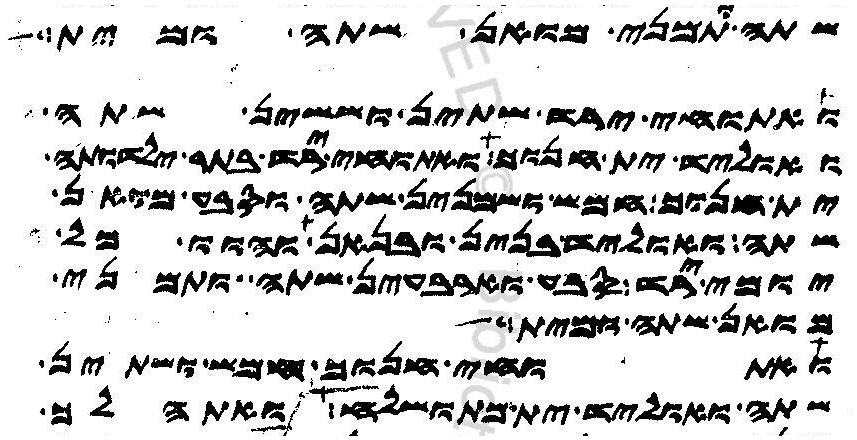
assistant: שתה ותמני מואן שתה ומית
ואתוחי ירד שתין וששין שתה
ואוליד ית חנוך ואתוחי ירד בתר ילדותה
ית חנוך חמש ושמנין שתה וסבע מואן
שתה ואוליד בנין ובנאן והוו כל
יומי ירד סבע וארבעין שתה ותמני
מואן שתה ומית
ואתוחי חנוך חמש ושתין
שתה ואוליד ית מתושלח ואתהלך